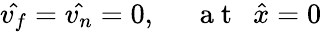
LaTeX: \hat{v_{f}}=\hat{v_{n}}=0,~~~~~\mathrm{~a~t~}~~\hat{x}=0